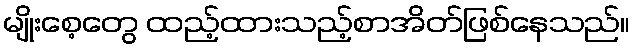
မျိုးစေ့တွေ ထည့်ထားသည့်စာအိတ်ဖြစ်နေသည်။